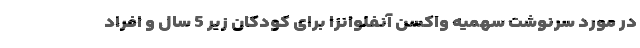
در مورد سرنوشت سهمیه واکسن آنفلوانزا برای کودکان زیر 5 سال و افراد